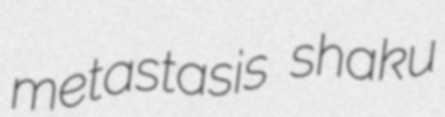
metastasis shaku